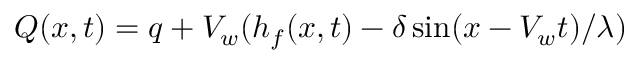
Q ( x , t ) = q + V _ { w } ( h _ { f } ( x , t ) - \delta \sin ( x - V _ { w } t ) / \lambda )